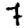
Digit: 7